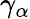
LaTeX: \gamma_{\alpha}